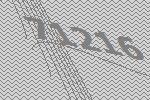
71216